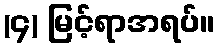
(၄) မြင့်ရာအရပ်။